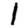
Digit: 1